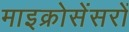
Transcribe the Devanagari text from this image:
माइक्रोसेंसरों